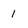
Character: 1